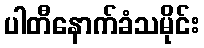
ပါတီနောက်ခံသမိုင်း